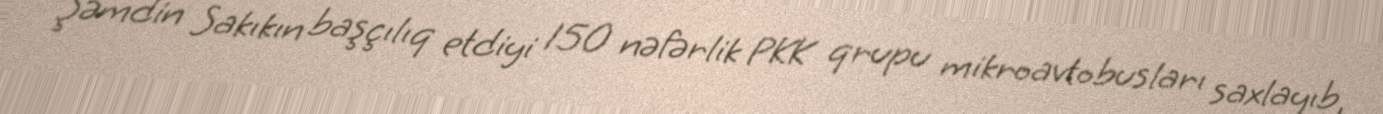
Şəmdin Sakıkın başçılıq etdiyi 150 nəfərlik PKK qrupu mikroavtobusları saxlayıb,